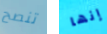
تنصح إنها